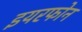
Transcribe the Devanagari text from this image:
इयरफोन